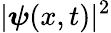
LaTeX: |\boldsymbol{\psi}(x,t)|^{2}